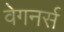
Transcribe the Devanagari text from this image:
वेगनर्स